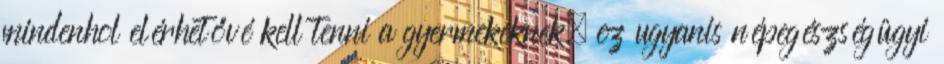
mindenhol elérhetővé kell tenni a gyermekeknek, ez ugyanis népegészségügyi